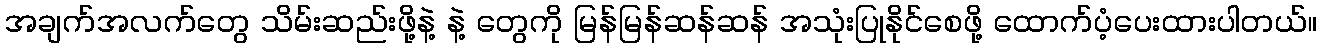
အချက်အလက်တွေ သိမ်းဆည်းဖို့နဲ့ နဲ့ တွေကို မြန်မြန်ဆန်ဆန် အသုံးပြုနိုင်စေဖို့ ထောက်ပံ့ပေးထားပါတယ်။